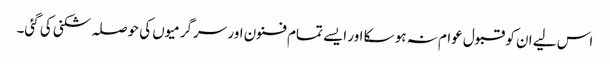
اس لیے ان کو قبول عوام نہ ہو سکا اور ایسے تمام فنون اور سرگرمیوں کی حوصلہ شکنی کی گئی۔